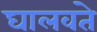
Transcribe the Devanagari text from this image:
घालवते